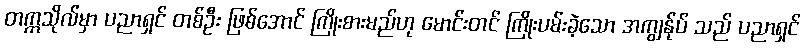
တက္ကသိုလ်မှာ ပညာရှင် တစ်ဦး ဖြစ်အောင် ကြိုးစားမည်ဟု မောင်းတင် ကြိုးပမ်းခဲ့သော အကျွန်ုပ် သည် ပညာရှင်